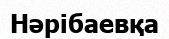
Нәрібаевқа